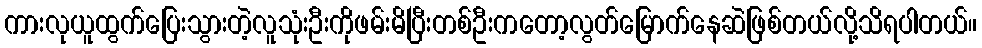
ကားလုယူထွက်ပြေးသွားတဲ့လူသုံးဦးကိုဖမ်းမိပြီးတစ်ဦးကတော့လွတ်မြောက်နေဆဲဖြစ်တယ်လို့သိရပါတယ်။